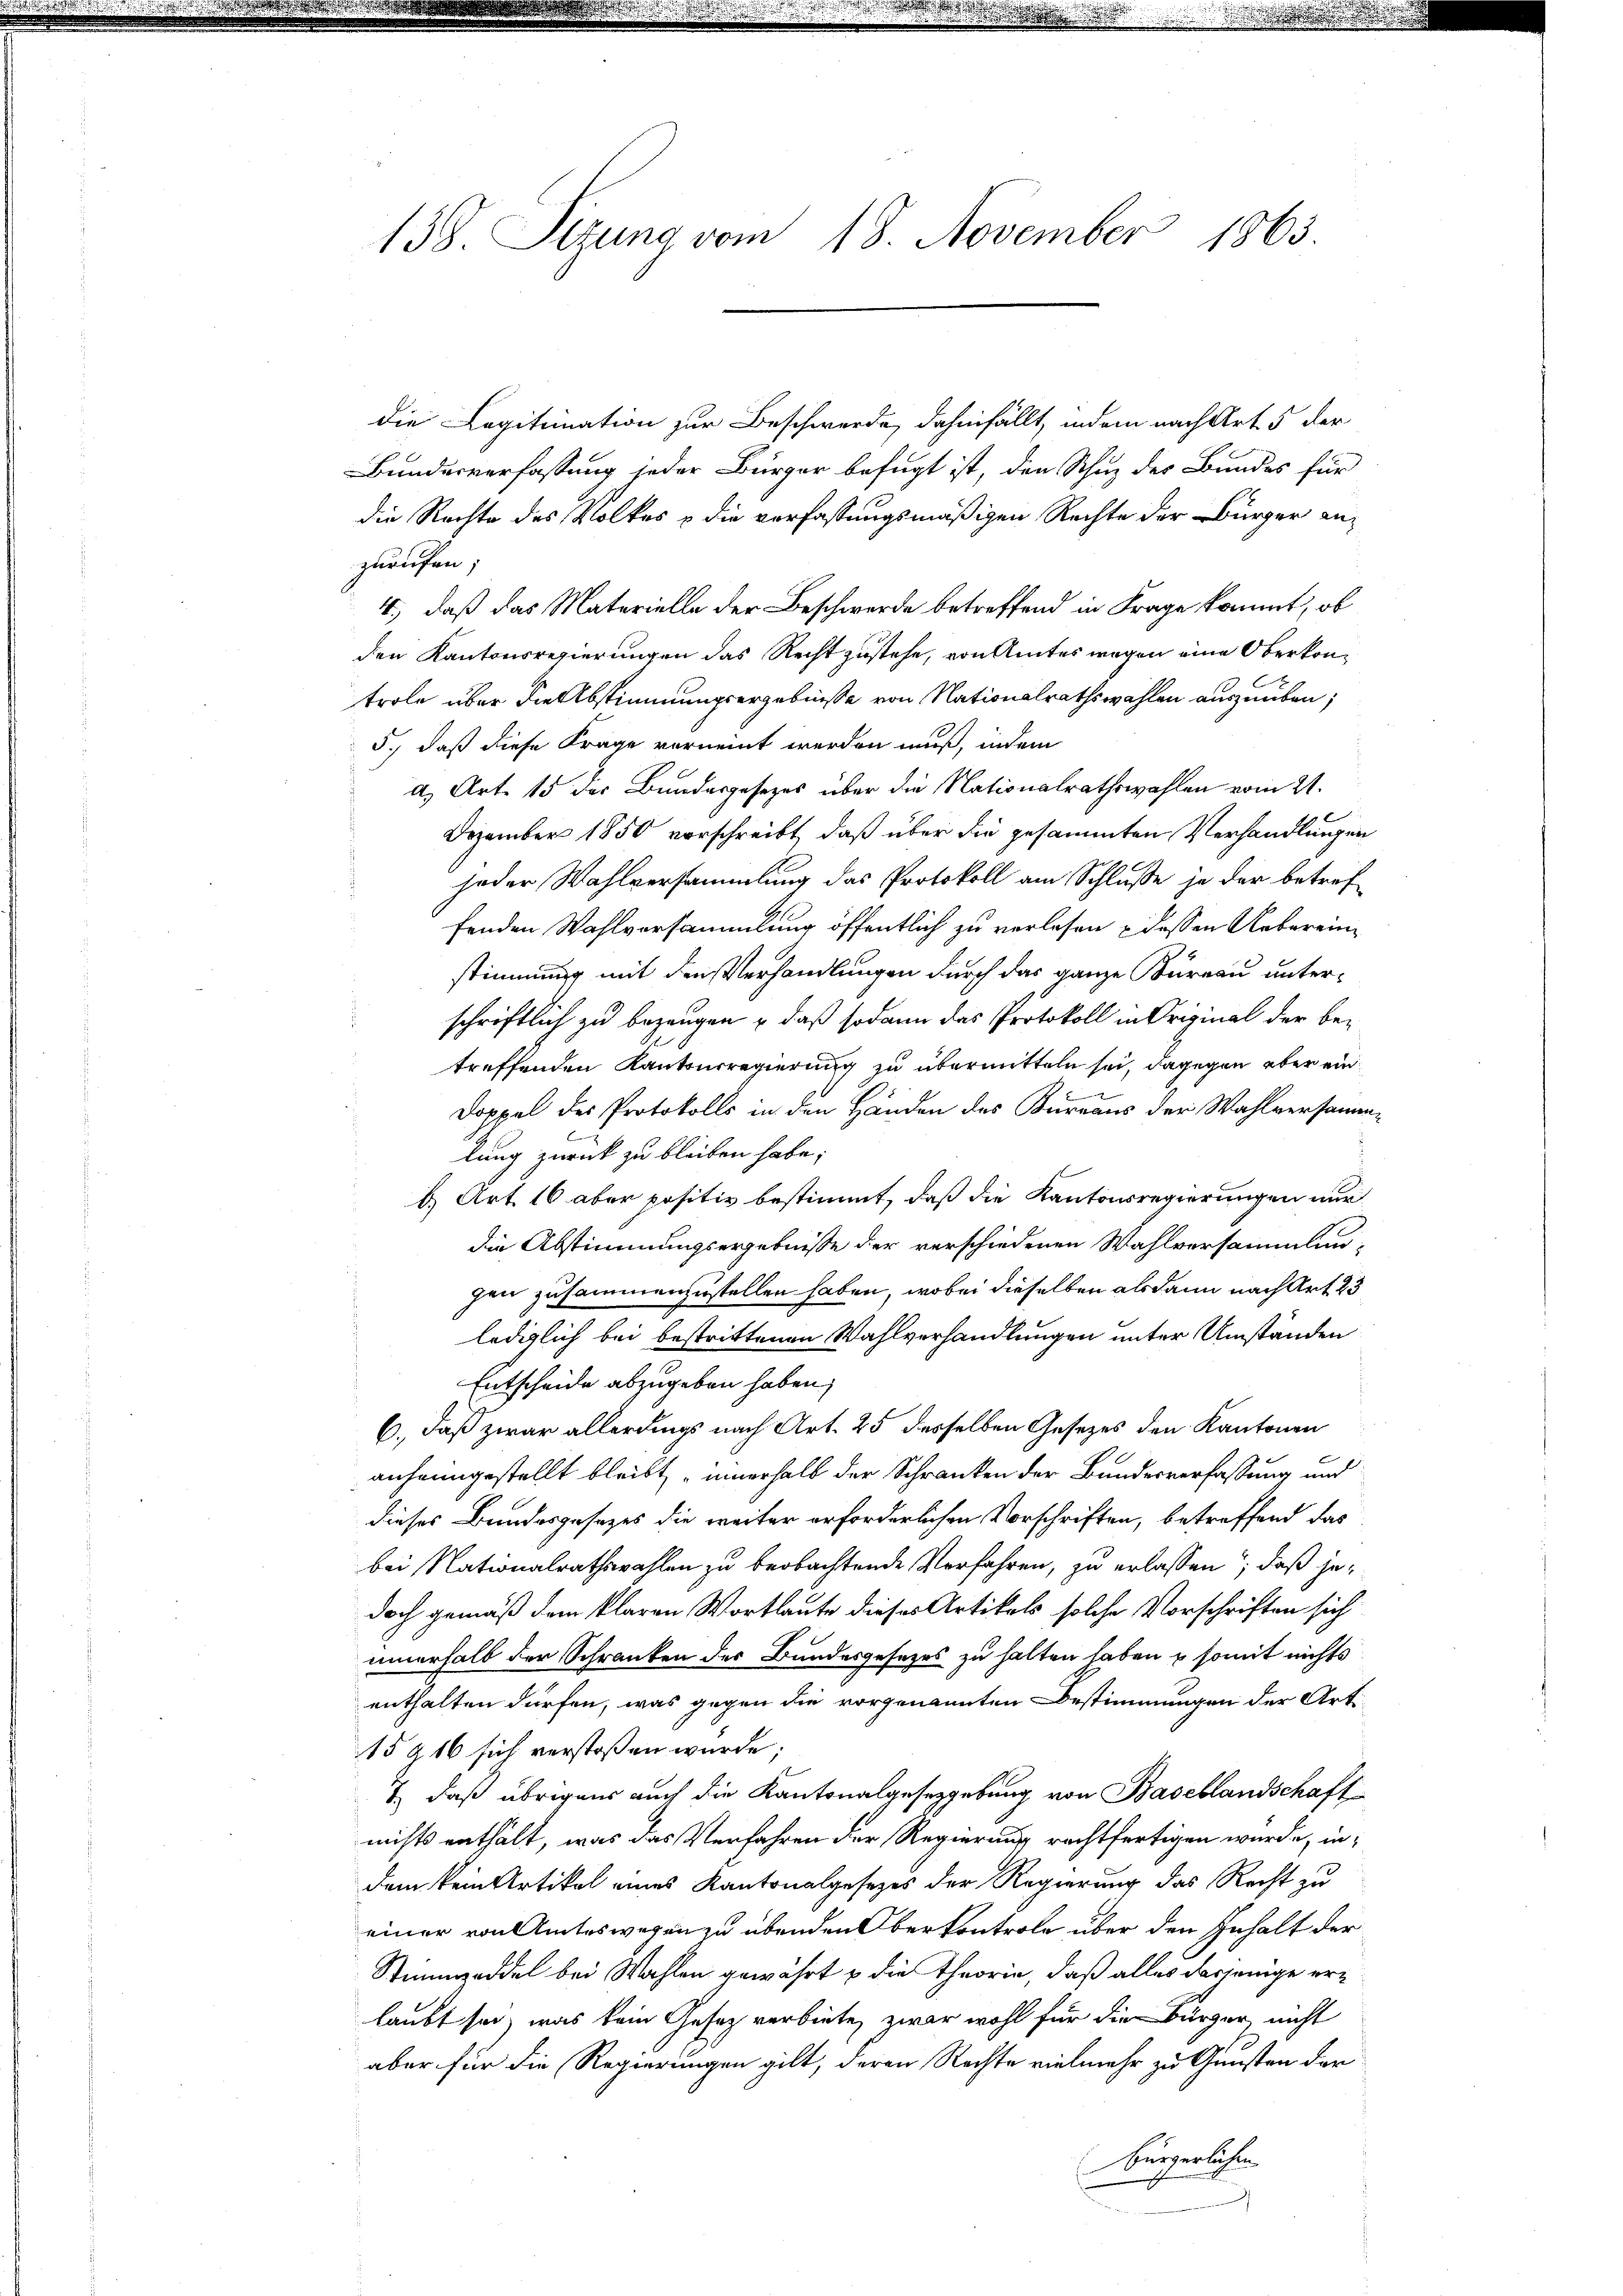
138. Sizung vom 18. November 1863.

die Legitimation zur Beschwerde, dahinfällt, indem nach Art. 5 der
Bundesverfassung jeder Bürger befugt ist, den Schuz des Bundes für
die Rechte des Volkes & die verfassungsmäßigen Rechte der Bürger anzurufen;
4., daß das Materielle der Beschwerde betreffend in Frage kommt, ob
den Kantonsregierungen das Recht zustehe, von Amtes wegen eine Oberkontrole über die Abstimmungsergebnisse von Nationalrathswahlen auszuüben;
5., daß diese Frage vorneint werden muß, indem
a. Art. 15 der Bundesgesezes über die Nationalrathswahlen vom 21.
Dezember 1850 vorschreibt, daß über die gesammten Verhandlungen
jeder Wahlversammlung das Protokoll am Schlusse je der betreffenden Wahlversammlung öffentlich zu verlesen & dessen Uebereinstimmung mit den Verhandlungen durch das ganze Büreau unterschriftlich zu bezeugen, daß sodann das Protokoll in Original der betreffenden Kanturregierung zu übermitteln sei, dagegen aber ein¬
Doppel des Protokolls in den Händen des Bureaus der Wahlversammen
l
lung zurück zu bleiben habe;
b.) Art. 16 aber positiv bestimmt, daß die Kantonsregierungen nur
die Abstimmungsergebnisse der verschiedenen Wahlversammlungen zusammenzustellen haben, wobei dieselben alsdann nach Art. 23
lediglich bei bestrittenen Wahlverhandlungen unter Umständen
Entscheide abzugeben haben,
6., daß zwar allerdings nach Art. 25 desselben Gesetzes den Kantonen
anheimgestellt bleibt, innerhalb der Schranken der Bundesverfassung und
dieses Bundesgesetzes die weiter erforderlichen Vorschriften, betreffend das
bei Nationalrathswahlen zu beobachtende Verfahren, zu erlassen, daß jedoch gemäß dem klaren Wortlaute dieses Artikels solche Vorschriften sich
innerhalb der Schranken der Bundesgesezes zu halten haben & somit nichts
enthalten dürfen, was gegen die vorgenannten Bestimmungen der Art
15 § 16 sich verstoßen wurde;
& daß übrigens auch die Kantonalgesetzgebung von Basellandschaft
nichts enthält, was das Verfahren der Regierung rechtfertigen wurde, indem kein Artikel eines Kantonalgesetzes der Regierung das Recht zu
einer von Amteswegen zu übenden Oberkontrole über den Inhalt der
Stimmzeddel bei Wahlen gewährt u die Theorie, daß alles dasjenige erlaubt sei, was kein Gesetz verbiete, zwar wohl für die Bürger nicht
aber für die Regierungen gilt, deren Rechte vielmehr zu Gunsten der
bürgerlichen.